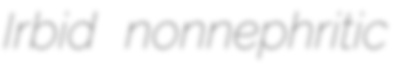
Irbid nonnephritic